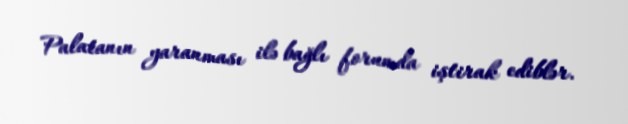
Palatanın yaranması ilə bağlı forumda iştirak ediblər.